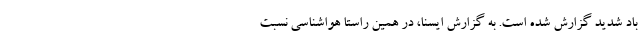
باد شدید گزارش شده است. به گزارش ایسنا، در همین راستا هواشناسی نسبت